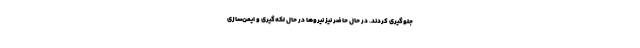
جلوگیری کردند. در حال حاضر نیز نیروها در حال لکه‌گیری و ایمن‌سازی